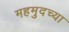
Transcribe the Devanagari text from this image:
महमुदच्या